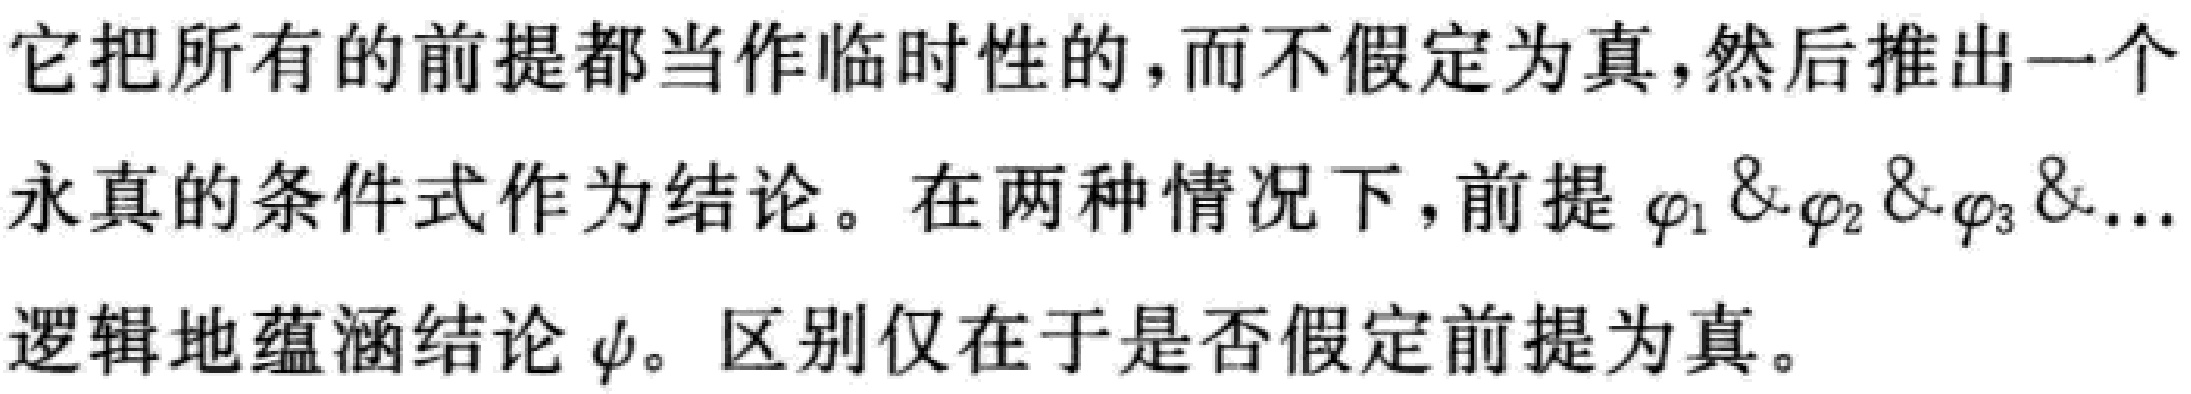
它把所有的前提都当作临时性的，而不假定为真，然后推出一个永真的条件式作为结论。在两种情况下，前提$\varphi_1 \& \varphi_2 \& \varphi_3 \&...$逻辑地蕴涵结论$\psi$。区别仅在于是否假定前提为真。